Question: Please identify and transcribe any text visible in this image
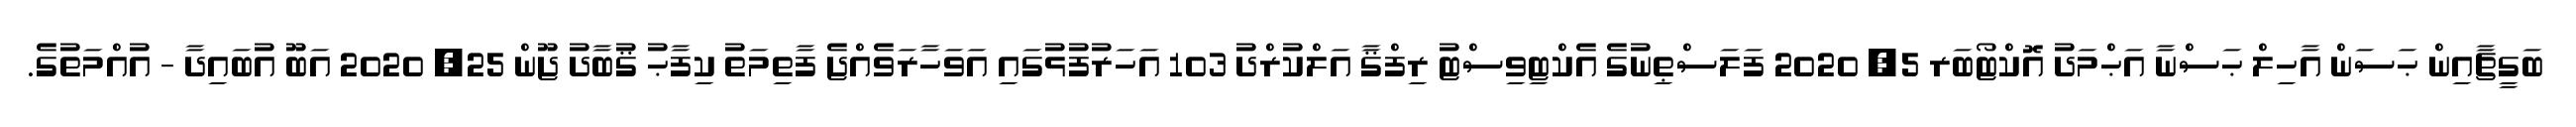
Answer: ބަގީޗާއިން ޙަސަން އާހިލް ޙަސްނާ އަޙްމަދު އޮކްޓޯބަރ 5, 2020 ފަލަސްޠިނުގެ އެކްޓިވިސްޓު ރިފްޤާ އަލްކުރްދު 103 އަހަރުފުޅުގައި އަވަހާރަވެއްޖެ ފާތިމަތު ކިފާޙު ޤުބާދު ޖޫން 25, 2020 އަބޫ އުބައިދާ - އުއްމަތުގެ.